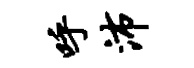
呼沛